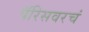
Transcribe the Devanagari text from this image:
पॅरिसवरचं